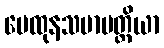
မေထုနသမာပတ္တိယာ